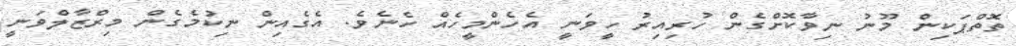
ތޮތްޕަކިން މޫނު ނިވާކޮށްގެން ހުރިއިރު ހީވަނީ އެހެންމީހެއް ހެނެވެ. އެގެއިން ނިކުމެގެން މިރްޒާލްވަނީ